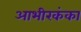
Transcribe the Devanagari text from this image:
आभीरकंका